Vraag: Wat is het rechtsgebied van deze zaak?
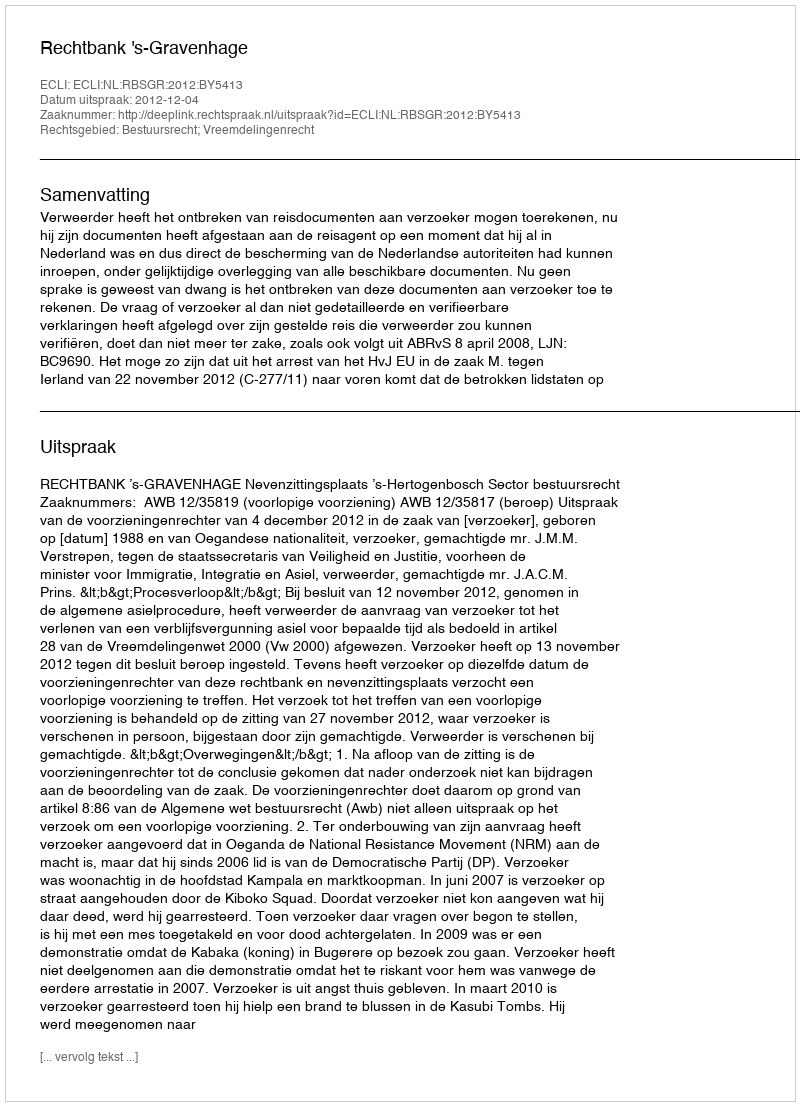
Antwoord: Bestuursrecht; Vreemdelingenrecht